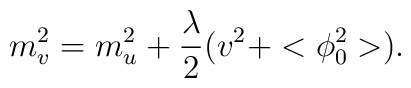
m_v^2=m_u^2+\frac{\lambda}{2}(v^2+<\phi_0^2>).